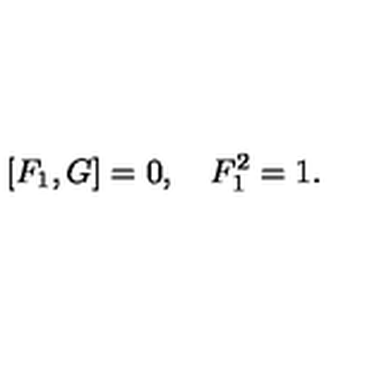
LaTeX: \left[ F _ { 1 } , G \right] = 0 , \quad F _ { 1 } ^ { 2 } = 1 .